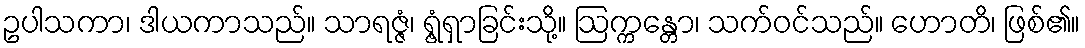
ဥပါသကာ၊ ဒါယကာသည်။ သာရဇ္ဇံ၊ ရွံ့ရှာခြင်းသို့။ ဩက္ကန္တော၊ သက်ဝင်သည်။ ဟောတိ၊ ဖြစ်၏။